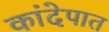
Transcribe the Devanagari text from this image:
कांदेपात